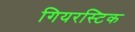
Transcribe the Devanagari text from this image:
गियरस्टिक